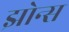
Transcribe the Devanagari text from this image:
झोन्स